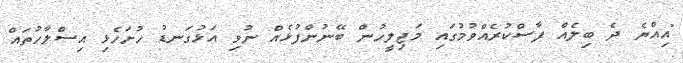
"އިއްޔެ ދެ ބިލެއް ފާސްކުރެއްވުމުގައި މަޖިލީހުން ބޭނުންފުޅެއް ނުވި އަޅުގަނޑު ހުށަހެޅި އިސްލާހުތައް